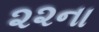
૨૨ના